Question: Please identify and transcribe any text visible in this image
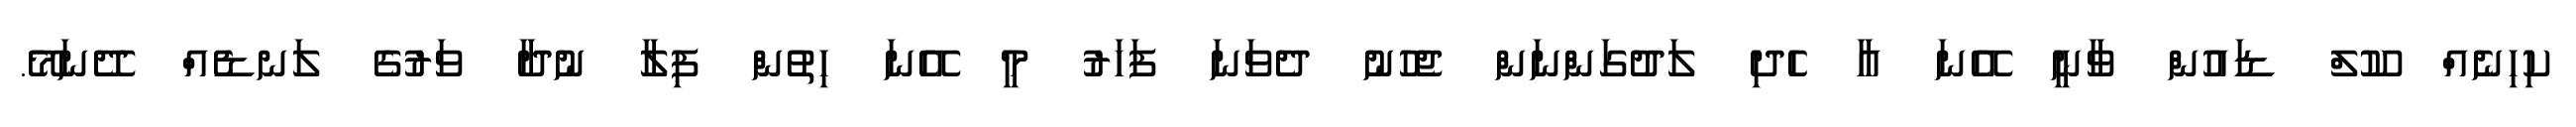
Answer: ކިހިނެއް ކޫލް ޑައުން ވާނީ އޭނަ އާ ހެދި ލަދުގަންނަން ޖެހުނު ދެވަނަ ފަހަރު މީ އޭނަ ހިތުން ފިލާ ނުދާ ވަރުގެ ލަނޑެއް ދޭނަމޭ.